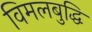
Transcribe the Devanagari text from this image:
विमलबुद्धि